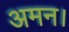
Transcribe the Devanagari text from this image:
अमन।